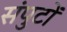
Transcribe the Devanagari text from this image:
संपुटों